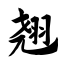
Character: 翘